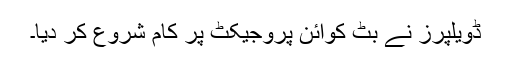
ڈویلپرز نے بِٹ کوائن پروجیکٹ پر کام شروع کر دیا۔